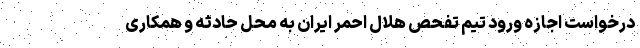
درخواست اجازه ورود تیم تفحص هلال احمر ایران به محل حادثه و همکاری